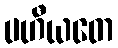
ပဟီယတေ